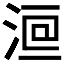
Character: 𣷻